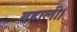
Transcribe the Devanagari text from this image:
बहाली।